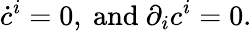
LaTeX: \dot{c}^{i}=0,\mathrm{~and~}\partial_{i}c^{i}=0.